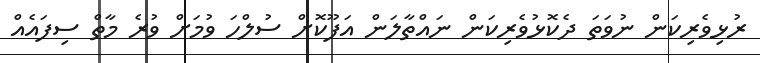
ރުޅިވެރިކަން ނުވަތަ ދެކޮޅުވެރިކަން ނައްތާލަން އަފޫކޮށް ސުލްހަ ވުމަށް ވުރެ މާތް ސިފައެއް